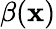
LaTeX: \beta(\mathbf{x})